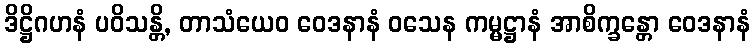
ဒိဋ္ဌိဂဟနံ ပဝိသန္တိ, တာသံယေဝ ဝေဒနာနံ ဝသေန ကမ္မဋ္ဌာနံ အာစိက္ခန္တော ဝေဒနာနံ